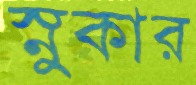
স্নুকার